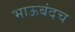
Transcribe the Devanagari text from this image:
भाऊबंदच